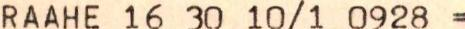
RAAHE 16 30 10/1 0928=